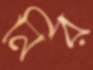
নির